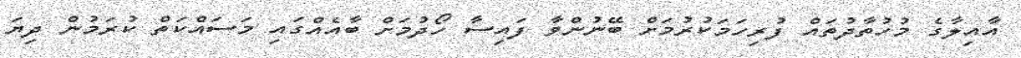
އާއިލާގެ މުހުތާދުތައް ފުރިހަމަކުރުމަށް ބޭނުންވާ ފައިސާ ހޯދުމަށް ބާއެއްގައި މަސައްކަތް ކުރަމުން ދިޔަ